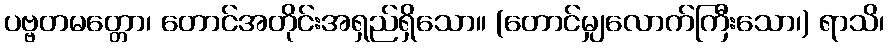
ပဗ္ဗတမတ္တော၊ တောင်အတိုင်းအရှည်ရှိသော။ (တောင်မျှလောက်ကြီးသော၊) ရာသိ၊